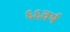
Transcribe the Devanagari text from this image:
६६वर्ष